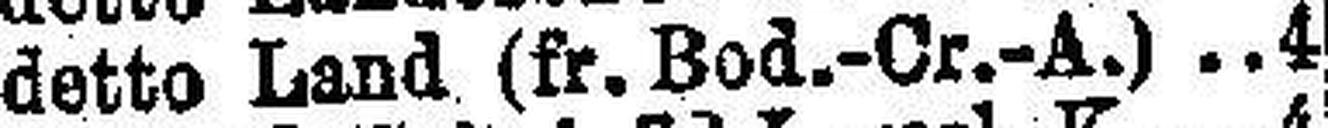
detto Land (fr. Bod.-Cr.-A.) 4